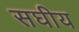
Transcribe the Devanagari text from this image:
सघीय